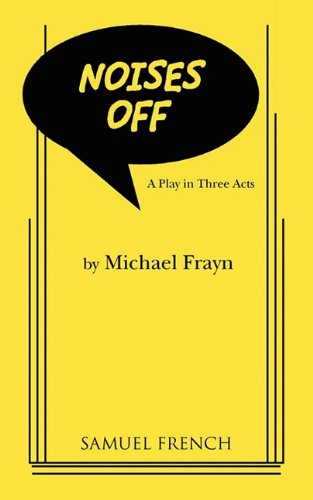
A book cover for Noises Off; Michael Frayn; Literature & Fiction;